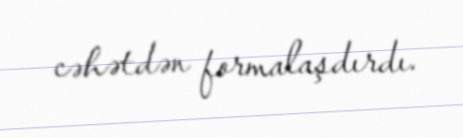
cəhətdən formalaşdırdı.